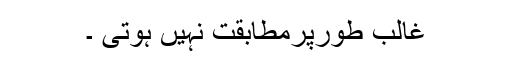
غالب طورپرمطابقت نہیں ہوتی ۔